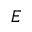
E